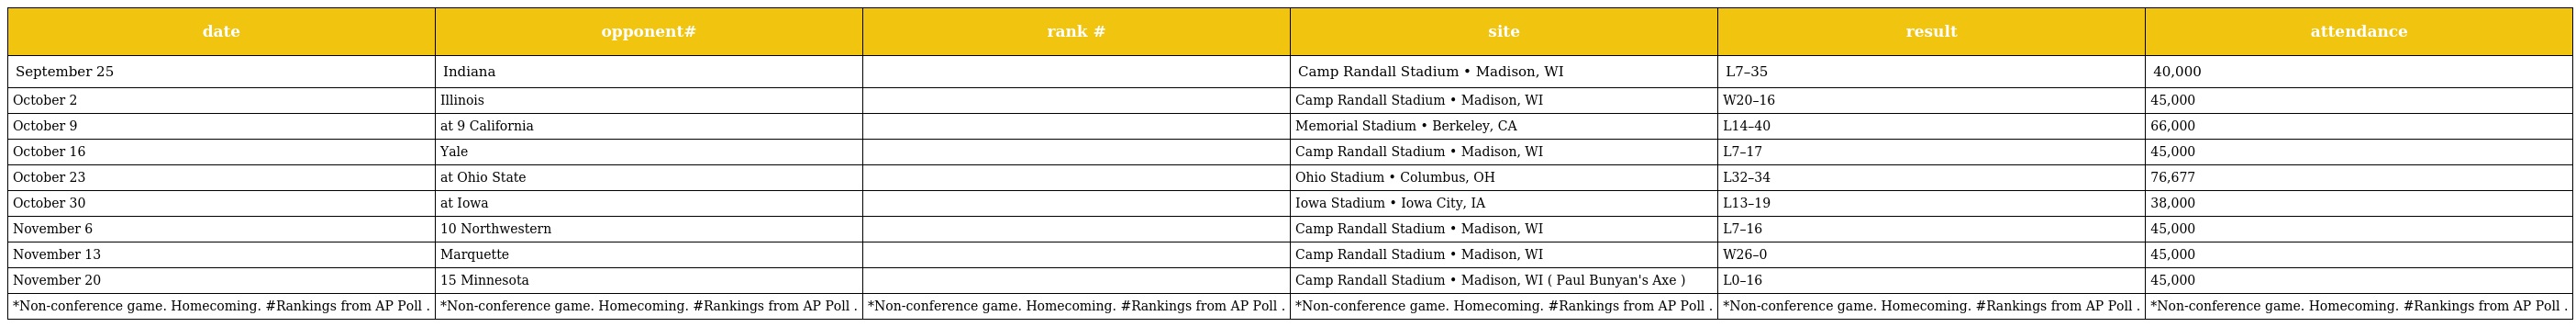
| date | opponent# | rank # | site | result | attendance |
 | --- | --- | --- | --- | --- | --- |
 | September 25 | Indiana |  | Camp Randall Stadium • Madison, WI | L7–35 | 40,000 |
 | October 2 | Illinois |  | Camp Randall Stadium • Madison, WI | W20–16 | 45,000 |
 | October 9 | at 9 California |  | Memorial Stadium • Berkeley, CA | L14–40 | 66,000 |
 | October 16 | Yale |  | Camp Randall Stadium • Madison, WI | L7–17 | 45,000 |
 | October 23 | at Ohio State |  | Ohio Stadium • Columbus, OH | L32–34 | 76,677 |
 | October 30 | at Iowa |  | Iowa Stadium • Iowa City, IA | L13–19 | 38,000 |
 | November 6 | 10 Northwestern |  | Camp Randall Stadium • Madison, WI | L7–16 | 45,000 |
 | November 13 | Marquette |  | Camp Randall Stadium • Madison, WI | W26–0 | 45,000 |
 | November 20 | 15 Minnesota |  | Camp Randall Stadium • Madison, WI ( Paul Bunyan's Axe ) | L0–16 | 45,000 |
 | *Non-conference game. Homecoming. #Rankings from AP Poll . | *Non-conference game. Homecoming. #Rankings from AP Poll . | *Non-conference game. Homecoming. #Rankings from AP Poll . | *Non-conference game. Homecoming. #Rankings from AP Poll . | *Non-conference game. Homecoming. #Rankings from AP Poll . | *Non-conference game. Homecoming. #Rankings from AP Poll . |